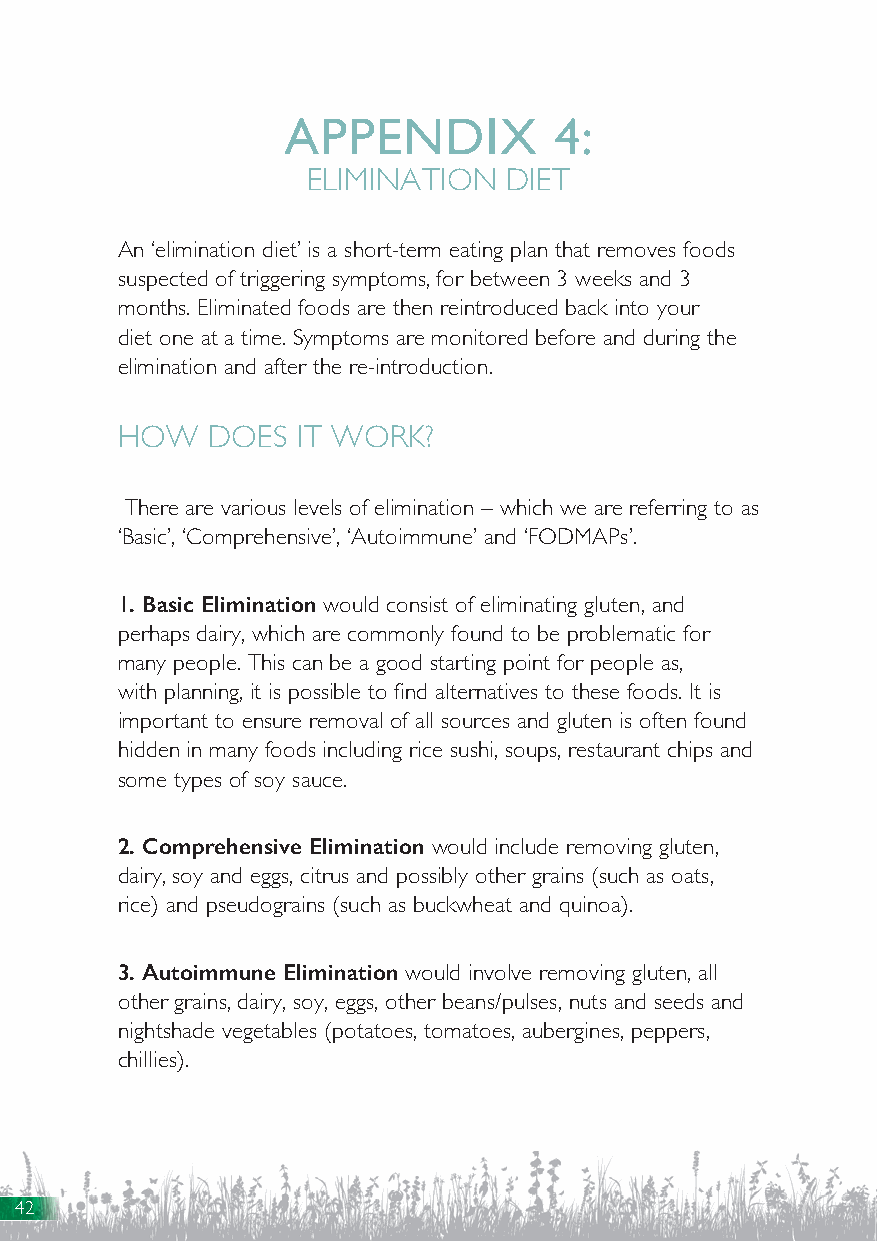
APPENDIX          4:
 ELIMINATION   DIET
 An ‘elimination diet’ is a short-term eating plan that removes foods
 suspected of triggering symptoms, for between 3 weeks and 3
 months. Eliminated foods are then reintroduced back into your
 diet one at a time. Symptoms are monitored before and during the
 elimination and after the re-introduction.
 HOW   DOES  IT WORK?
 There are various levels of elimination – which we are referring to as
 ‘Basic’, ‘Comprehensive’, ‘Autoimmune’ and ‘FODMAPs’.
 1. Basic Elimination would consist of eliminating gluten, and
 perhaps dairy, which are commonly found to be problematic for
 many people. This can be a good starting point for people as,
 with planning, it is possible to find alternatives to these foods. It is
 important to ensure removal of all sources and gluten is often found
 hidden in many foods including rice sushi, soups, restaurant chips and
 some types of soy sauce.
 2. Comprehensive Elimination would include removing gluten,
 dairy, soy and eggs, citrus and possibly other grains (such as oats,
 rice) and pseudograins (such as buckwheat and quinoa).
 3. Autoimmune Elimination would involve removing gluten, all
 other grains, dairy, soy, eggs, other beans/pulses, nuts and seeds and
 nightshade vegetables (potatoes, tomatoes, aubergines, peppers,
 chillies).
 42